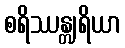
စရိဿန္တျရိယာ